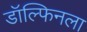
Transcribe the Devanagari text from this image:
डॉल्फिनला